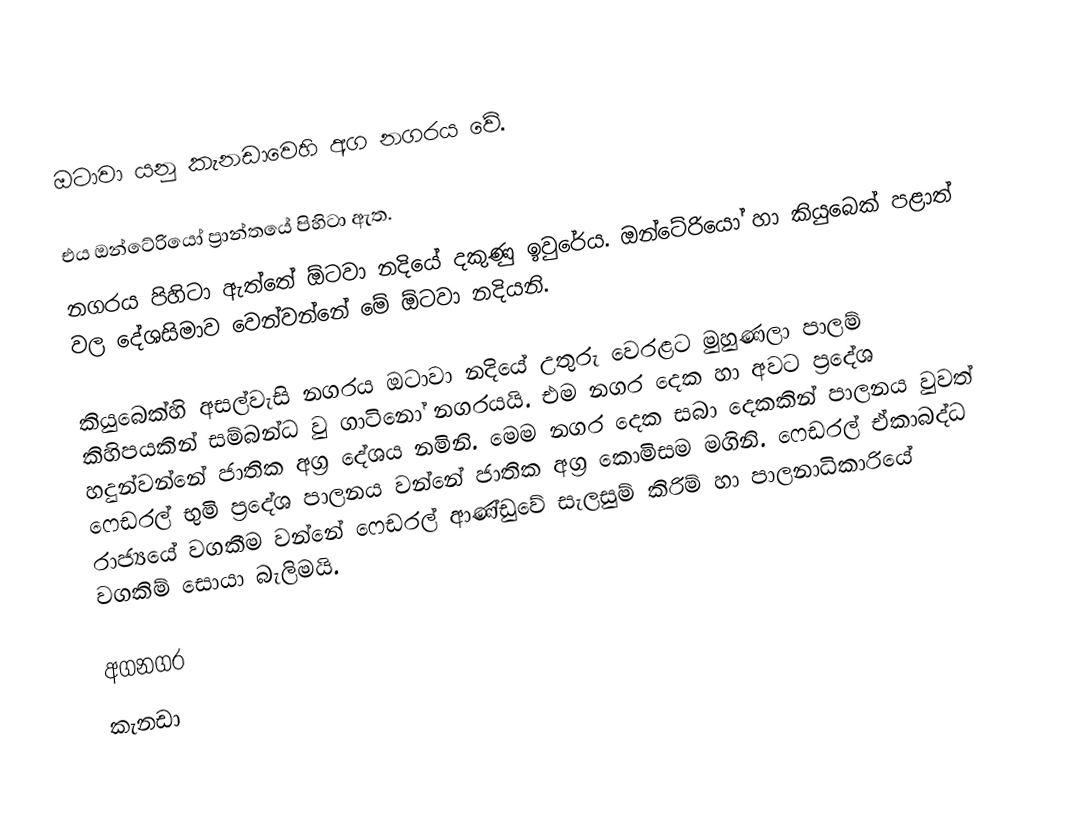
ඔටාවා යනු කැනඩාවෙහි අග නගරය වේ.

එය ඔන්ටේරියෝ ප්‍රාන්තයේ පිහිටා ඇත.
නගරය පිහිටා ඇත්තේ ඕටවා නදියේ දකුණු ඉවුරේය. ඔන්ටේරියෝ හා කියුබෙක් පළාත් වල දේශසිමාව වෙන්වන්නේ මේ ඕටවා නදියනි.

කියුබෙක්හි අසල්වැසි නගරය ඔටාවා නදියේ උතුරු වෙරළට මුහුණලා පාලම් කිහිපයකින් සම්බන්ධ වු ගාටිනෝ නගරයයි. එම නගර දෙක හා අවට ප්‍රදේශ හදුන්වන්නේ ජාතික අග්‍ර දේශය නමිනි. මෙම නගර දෙක සබා දෙකකින් පාලනය වුවත් ෆෙඩරල් භුමි ප්‍රදේශ පාලනය වන්නේ ජාතික අග්‍ර කොමිසම මගිනි. ෆෙඩරල් ඒකාබද්ධ රාජ්‍යයේ වගකීම වන්නේ ෆෙඩරල් ආණ්ඩුවේ සැලසුම් කිරිම් හා පාලනාධිකාරියේ වගකිම් සොයා බැලිමයි.

අගනගර
කැනඩා